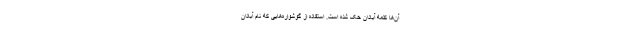
آن‌ها کلمه آبادان حک شده است. استفاده از گوشواره‌هایی که نام آبادان